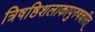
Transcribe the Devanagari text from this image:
त्रिषष्ठिशलाकापुरुषचरित्